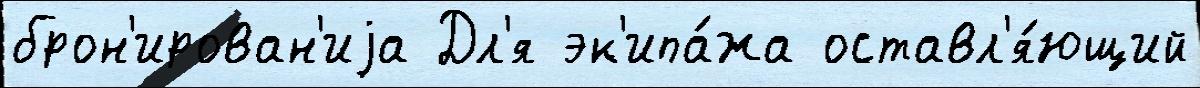
брон'ирован'иjа Дл'я эк'ипа́жа оставл'я́ющий